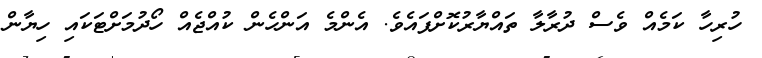
ހުރިހާ ކަމެއް ވެސް ދުރާލާ ތައްޔާރުކޮށްފައެވެ. އެންމެ އަންހެން ކުއްޖެއް ހޯދުމަށްޓަކައި ހިޔާން